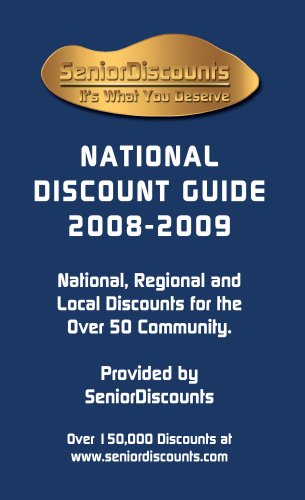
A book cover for Senior Discounts National Discount Guide 2008-2009; National, Regional and Local Discounts for the Over 50 Community; David Smidt; Travel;